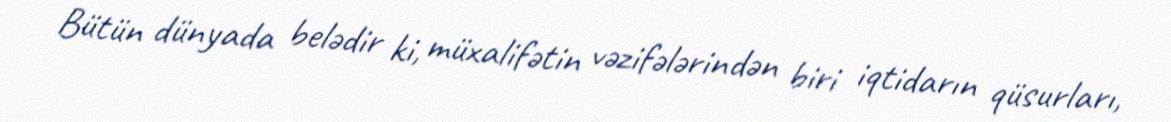
Bütün dünyada belədir ki, müxalifətin vəzifələrindən biri iqtidarın qüsurları,